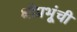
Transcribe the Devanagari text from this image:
श्रीप्रभूंची